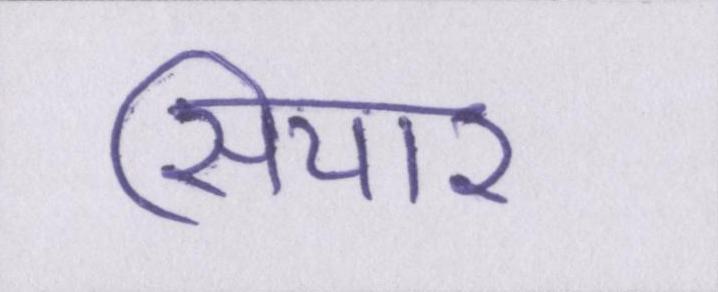
सियार